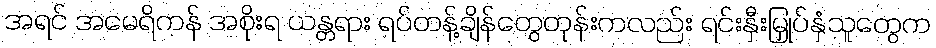
အရင် အမေရိကန် အစိုးရ ယန္တရား ရပ်တန့်ချိန်တွေတုန်းကလည်း ရင်းနှီးမြှုပ်နှံသူတွေက